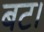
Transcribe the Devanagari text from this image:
बट।